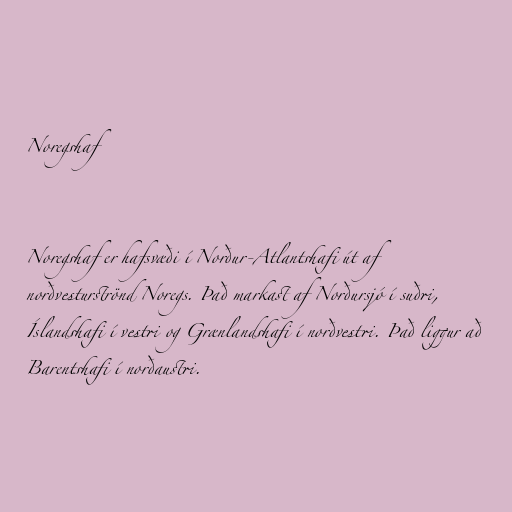
Noregshaf

Noregshaf er hafsvæði í Norður-Atlantshafi út af
norðvesturströnd Noregs. Það markast af Norðursjó í suðri,
Íslandshafi í vestri og Grænlandshafi í norðvestri. Það liggur að
Barentshafi í norðaustri.